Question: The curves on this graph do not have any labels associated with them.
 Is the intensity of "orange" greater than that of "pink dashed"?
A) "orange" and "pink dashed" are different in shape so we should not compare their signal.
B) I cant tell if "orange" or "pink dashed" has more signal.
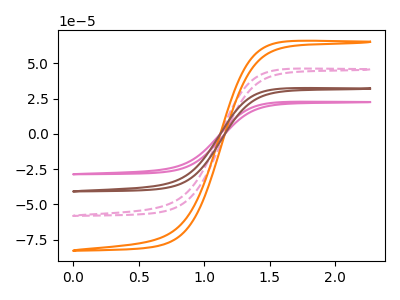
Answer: <think>The pink curve "pink" has no peaks. The pink dashed curve "pink dashed" has no peaks. The orange curve "orange" has no peaks. The brown curve "brown" has no peaks.
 Neither "orange" or "pink dashed" have any peaks.</think>
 <answer>B) I cant tell if "orange" or "pink dashed" has more signal.</answer>
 <eval>B</eval>